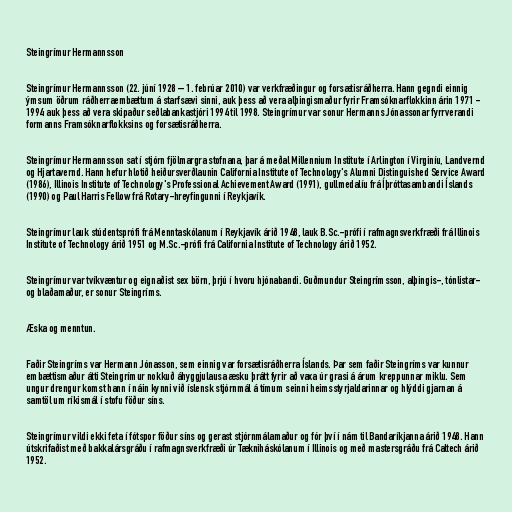
Steingrímur Hermannsson

Steingrímur Hermannsson (22. júní 1928 – 1. febrúar 2010) var verkfræðingur og forsætisráðherra. Hann gegndi einnig
ýmsum öðrum ráðherraembættum á starfsævi sinni, auk þess að vera alþingismaður fyrir Framsóknarflokkinn árin 1971 -
1994 auk þess að vera skipaður seðlabankastjóri 1994 til 1998. Steingrímur var sonur Hermanns Jónassonar fyrrverandi
formanns Framsóknarflokksins og forsætisráðherra.

Steingrímur Hermannsson sat í stjórn fjölmargra stofnana, þar á meðal Millennium Institute í Arlington í Virginíu, Landvernd
og Hjartavernd. Hann hefur hlotið heiðursverðlaunin California Institute of Technology's Alumni Distinguished Service Award
(1986), Illinois Institute of Technology's Professional Achievement Award (1991), gullmedalíu frá Íþróttasambandi Íslands
(1990) og Paul Harris Fellow frá Rotary-hreyfingunni í Reykjavík.

Steingrímur lauk stúdentsprófi frá Menntaskólanum í Reykjavík árið 1948, lauk B.Sc.-prófi í rafmagnsverkfræði frá Illinois
Institute of Technology árið 1951 og M.Sc.-prófi frá California Institute of Technology árið 1952.

Steingrímur var tvíkvæntur og eignaðist sex börn, þrjú í hvoru hjónabandi. Guðmundur Steingrímsson, alþingis-, tónlistar-
og blaðamaður, er sonur Steingríms.

Æska og menntun.

Faðir Steingríms var Hermann Jónasson, sem einnig var forsætisráðherra Íslands. Þar sem faðir Steingríms var kunnur
embættismaður átti Steingrímur nokkuð áhyggjulausa æsku þrátt fyrir að vaxa úr grasi á árum kreppunnar miklu. Sem
ungur drengur komst hann í náin kynni við íslensk stjórnmál á tímum seinni heimsstyrjaldarinnar og hlýddi gjarnan á
samtöl um ríkismál í stofu föður síns.

Steingrímur vildi ekki feta í fótspor föður síns og gerast stjórnmálamaður og fór því í nám til Bandaríkjanna árið 1948. Hann
útskrifaðist með bakkalársgráðu í rafmagnsverkfræði úr Tækniháskólanum í Illinois og með mastersgráðu frá Caltech árið
1952.